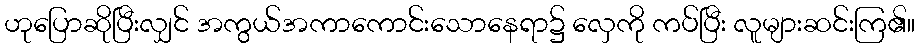
ဟုပြောဆိုပြီးလျှင် အကွယ်အကာကောင်းသောနေရာ၌ လှေကို ကပ်ပြီး လူများဆင်းကြ၏။